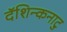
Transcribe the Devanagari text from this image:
दॅशिन्कनाटु